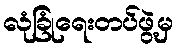
လုံခြုံရေးတပ်ဖွဲ့မှ